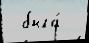
 была́